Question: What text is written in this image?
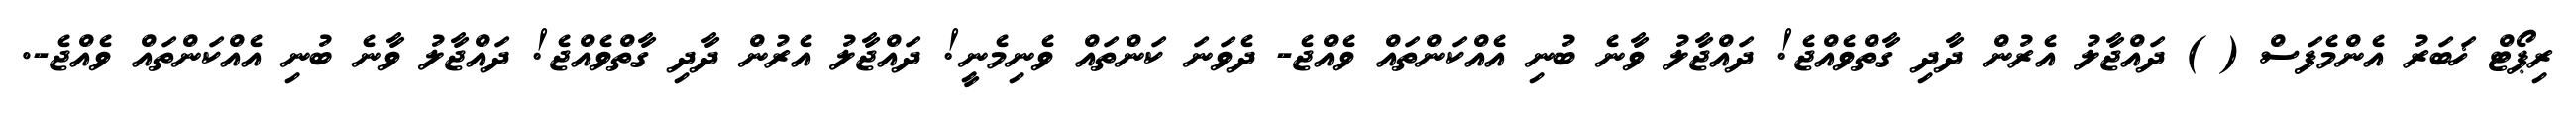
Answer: ރިޕޯޓް ޚަބަރު އެންމެފަސް ( ) ދައްޖާލު އެރުން ދާދި ގާތްވެއްޖެ! ދައްޖާލު ވާނެ ބުނި އެއްކަންތައް ވެއްޖެ- ދެވަނަ ކަންތައް ވެނިމެނީ! ދައްޖާލު އެރުން ދާދި ގާތްވެއްޖެ! ދައްޖާލު ވާނެ ބުނި އެއްކަންތައް ވެއްޖެ-.